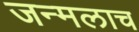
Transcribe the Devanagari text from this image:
जन्मलाच